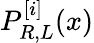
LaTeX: P_{R,L}^{[i]}(x)